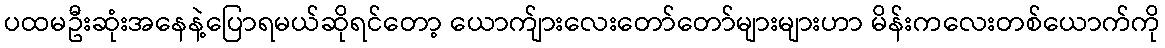
ပထမဦးဆုံးအနေနဲ့ပြောရမယ်ဆိုရင်တော့ ယောက်ျားလေးတော်တော်များများဟာ မိန်းကလေးတစ်ယောက်ကို